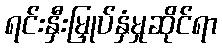
ရင်းနှီးမြှုပ်နှံမှုဆိုင်ရာ